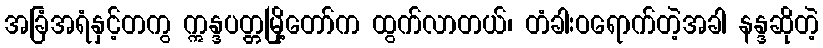
အခြံအရံနှင့်တကွ ဣန္ဒပတ္တမြို့တော်က ထွက်လာတယ်၊ တံခါးဝရောက်တဲ့အခါ နန္ဒဆိုတဲ့